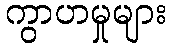
ကွာဟမှုများ